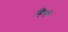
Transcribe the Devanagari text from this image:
व्हियों